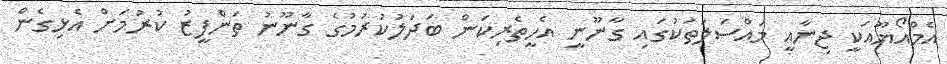
އެމްއޯޔޫއަކީ ޖިނާއީ މައްސަލަތަކުގައި ގާނޫނީ އެހީތެރިކަން ބަދަލުކުރުމުގެ ގާނޫނު ތަންފީޒު ކުރުމަށް އެޅިގެން